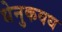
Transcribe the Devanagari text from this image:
धेनुकवध